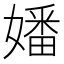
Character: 嬏